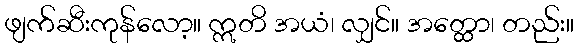
ဖျက်ဆီးကုန်လော့။ ဣတိ အယံ၊ လျှင်။ အတ္ထော၊ တည်း။